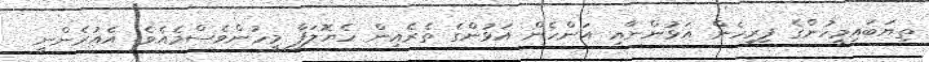
ތިޔަބައިމީހުންގެ ފިރިހެން އަޅުންނާއި އަންހެން އަޅުންގެ ތެރެއިން ހެޔޮލަފާ މީހުންވެސްމެއެވެ. އެއުރެންނީ